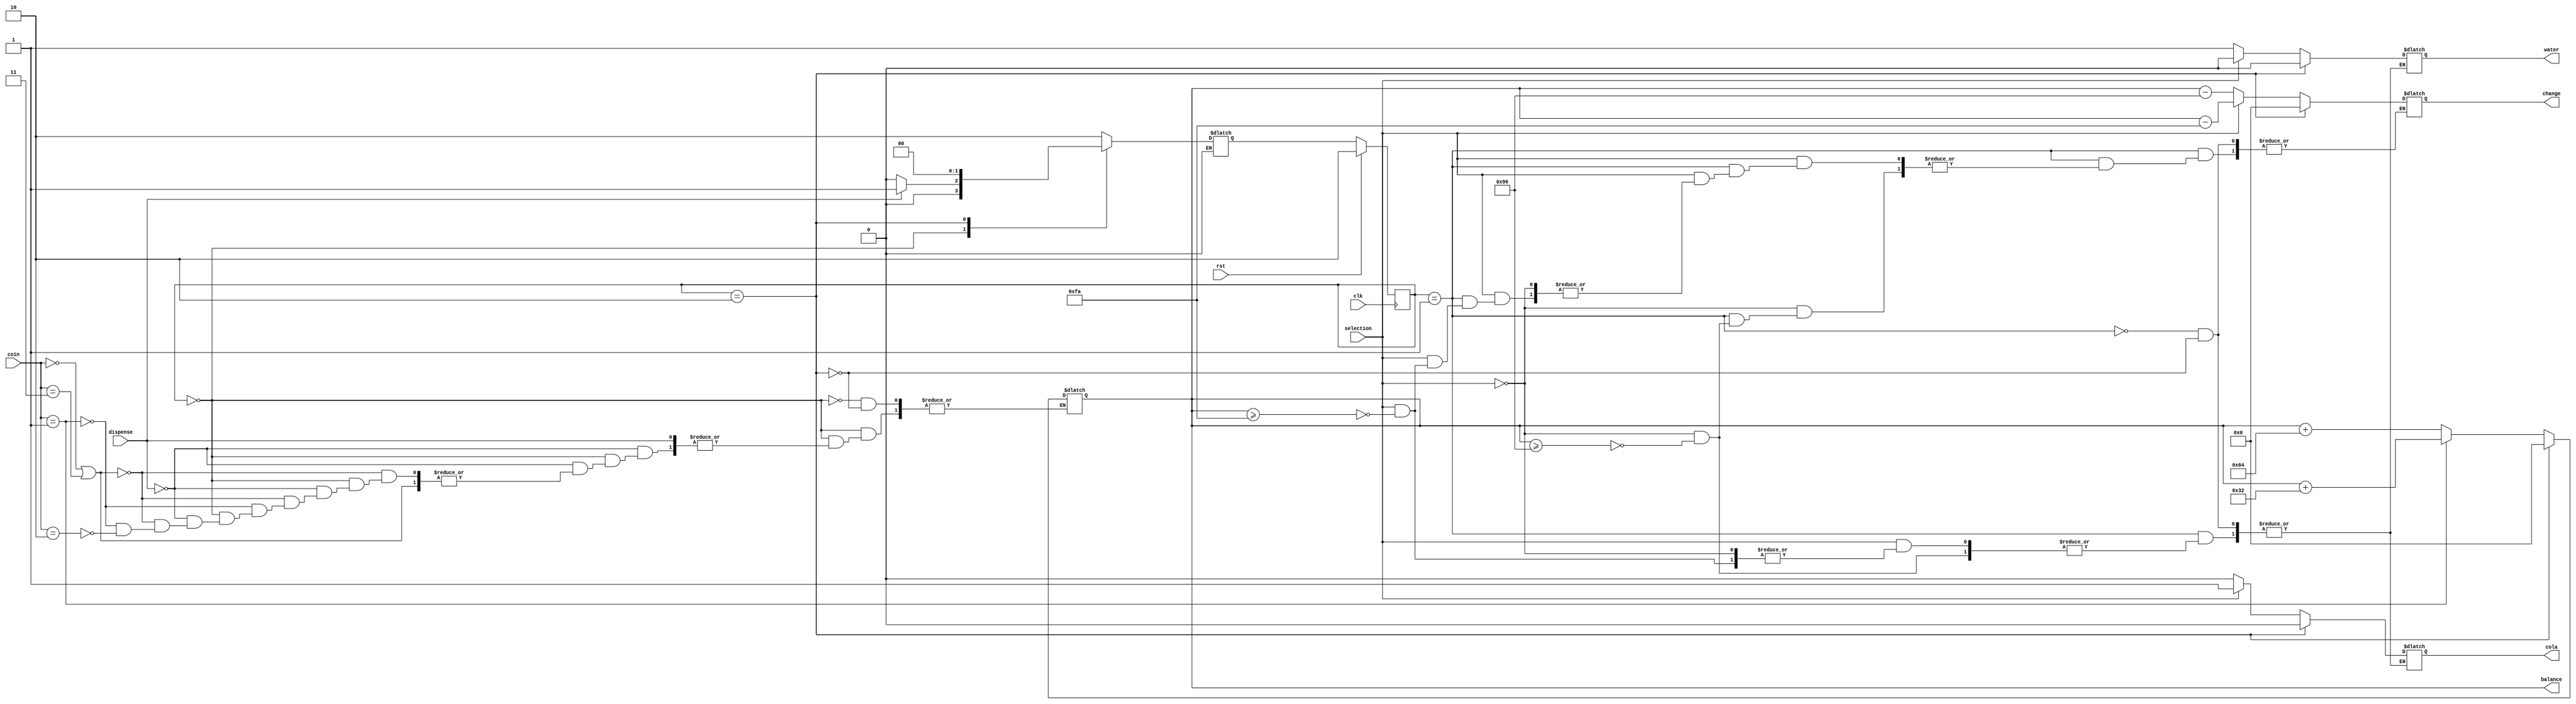
`timescale 1ns / 1ps
//////////////////////////////////////////////////////////////////////////////////
// Company: 
// Engineer: 
// 
// Design Name: 
// Module Name:    source_code 
// Project Name: 
// Target Devices: 
// Tool versions: 
// Description: 
//
// Dependencies: 
//
// Revision: 
// Revision 0.01 - File Created
// Additional Comments: 
//
//////////////////////////////////////////////////////////////////////////////////
module source_code(selection, cola,water,clk,coin,rst, change,dispense, balance);

   input wire        selection; // 0 for water and 1 for cola
	input wire [1:0]  coin;
   input wire        clk,rst;
	input wire        dispense; //dispense button
	
   output reg cola;
	output reg water;
   output reg [9:0] change;

	
   
   reg [1:0]   state;
   reg [1:0]   next_state;
	output reg [9:0]  balance; // max balance in one process is (2^(10-1)) ~ 500 kurus= 5 TL
	
	parameter s0=2'b00;
	parameter s1=2'b01;
	parameter s2=2'b10;
	


   
  
	
	
  initial begin
  balance =10'b0;
  change =0;
  water <=0;
  cola <=0;
 
  end

   always @(posedge clk)
     begin
       if (rst)
		 
					state<=s2;
					
		
       else
         state<=next_state;
     end


   always @(state,coin,dispense,selection,balance)
     begin
		 case (state)
		  s0:
			begin 
				  if (dispense==1'b0)
				  begin
					  if (coin==2'b00 || coin==2'b11); //no coin
					  else if (coin==2'b01) // 50 krs
					  balance=balance+10'd50;
					  else if (coin==2'b10)// 1 Tl
					  balance=balance+10'd100;
					  
					  next_state=s0;
					end
				else if (dispense==1'b1) 
				  next_state= s1;
			end  
		 s1:
		 begin
			 if (selection==1'b0)
				 begin //water
					  if (balance >=150) //1.5TL
					  begin
						  water<=1'b1;
						  cola<=1'b0;
						  change=balance-10'd150;
						end
						
					 next_state=s2;
				  end  
				  
			  else if (selection==1'b1)
				  begin //cola
					  if (balance >=250) //2.5TL
					  begin
						  cola<=1'b1;
						  water<=1'b0;
						  change=balance-10'd250;
					  end
					next_state=s2;
			    end
			end
		 
		s2 :
		 begin
				 balance =10'b0;
				 change =10'b0;
				  water <=0;
				  cola <=0;
				next_state=s0; 
		 end
		 
				
	default : next_state=s2;
	
  endcase // case (state)
 end // always @ (state,next_state)
	  
endmodule